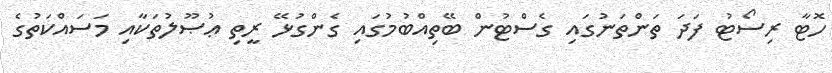
ހޮޓާ ރިސޯޓު ފަދަ ތަންތަނުގައި ގެސްޓުން ބޭތިއްބުމުގައި ގެންގުޅޭ ރީތި ޢުޞޫލުތަކާއި މަސައްކަތުގެ